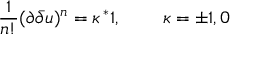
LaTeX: \frac { 1 } { n ! } ( \partial \bar { \partial } u ) ^ { n } = \kappa \, ^ { * } 1 , \; \; \; \; \; \; \; \; \kappa = \pm 1 , 0